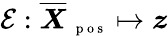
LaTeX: \mathcal E:\overline{{\boldsymbol X}}_{\mathrm{~\scriptsize~p~o~s~}}\mapsto\boldsymbol z